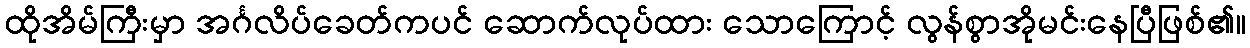
ထိုအိမ်ကြီးမှာ အင်္ဂလိပ်ခေတ်ကပင် ဆောက်လုပ်ထား သောကြောင့် လွန်စွာအိုမင်းနေပြီဖြစ်၏။